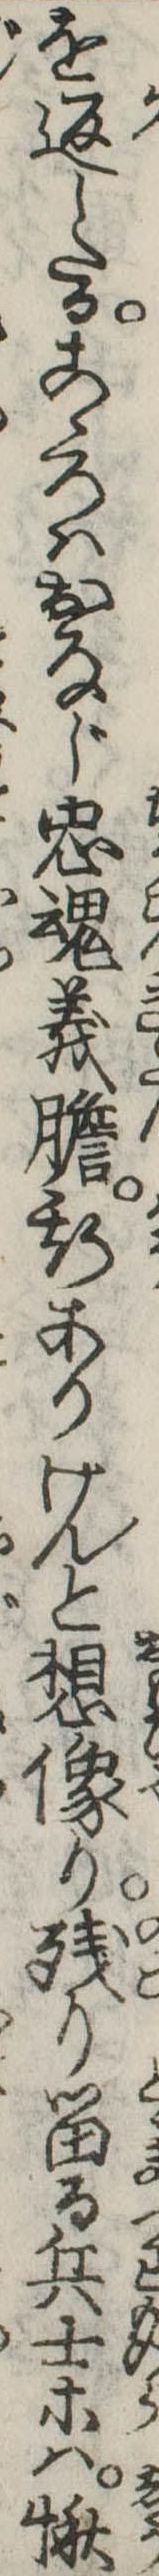
を返したるこゝろはおなじ忠魂義胆斯ありけんと想像り残り留る兵士等は愀